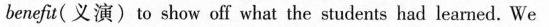
benefr{ _)0 sliow off what the students had learned. We